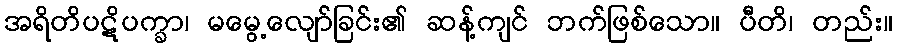
အရိတိပဋိပက္ခာ၊ မမွေ့လျော်ခြင်း၏ ဆန့်ကျင် ဘက်ဖြစ်သော။ ပီတိ၊ တည်း။